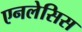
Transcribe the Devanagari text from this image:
एनलेसिस